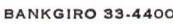
BANKGIRO 33.4400